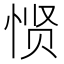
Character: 𱞠